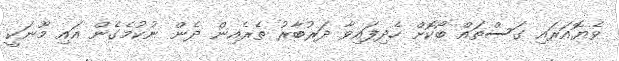
ވެޔޮއަރައި ގަސްތައް ބޯކޮށް ހެދިފައިވާ ދަރުބާރު ތެރެއިން ދެން ނުކުމެގެން އައި މޫނަކީ